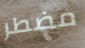
مضطر